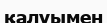
қалуымен